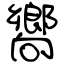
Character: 嚮